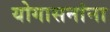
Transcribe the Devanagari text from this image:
योगासनांना